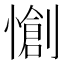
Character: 𭞶